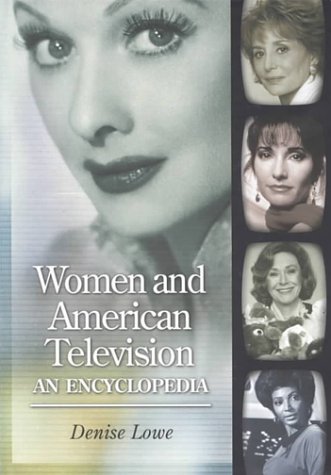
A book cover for Women and American Television: An Encyclopedia; Denise Lowe; Humor & Entertainment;